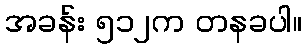
အခန်း ၅၁၂က တနခပါ။